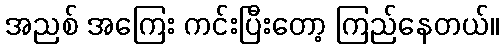
အညစ် အကြေး ကင်းပြီးတော့ ကြည်နေတယ်။